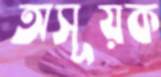
অসূয়ক